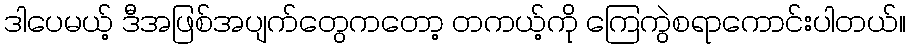
ဒါပေမယ့် ဒီအဖြစ်အပျက်တွေကတော့ တကယ့်ကို ကြေကွဲစရာကောင်းပါတယ်။